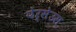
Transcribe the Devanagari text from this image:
पेर्सेउस